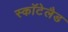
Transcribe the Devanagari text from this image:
स्कॉटेलैड